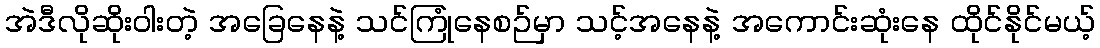
အဲဒီလိုဆိုးဝါးတဲ့ အခြေနေနဲ့ သင်ကြုံနေစဉ်မှာ သင့်အနေနဲ့ အကောင်းဆုံးနေ ထိုင်နိုင်မယ့်